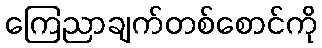
ကြေညာချက်တစ်စောင်ကို